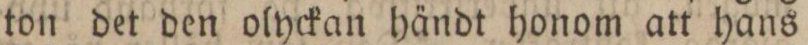
ton det den olyckan händt honom att hans